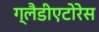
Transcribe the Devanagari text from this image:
ग्लैडीएटोरेस